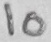
Text: 10